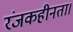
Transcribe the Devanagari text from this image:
रंजकहीनता।